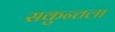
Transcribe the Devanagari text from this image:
सकुन्तला